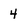
Character: 4